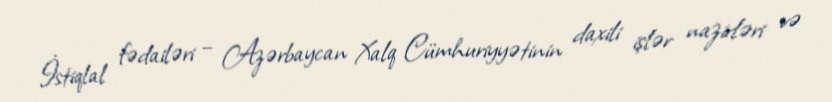
İstiqlal fədailəri – Azərbaycan Xalq Cümhuriyyətinin daxili işlər nazirləri və